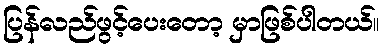
ပြန်လည်ဖွင့်ပေးတော့ မှာဖြစ်ပါတယ်။